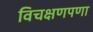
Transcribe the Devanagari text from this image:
विचक्षणपणा